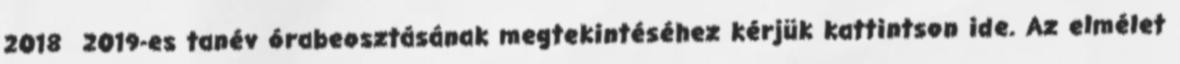
2018 2019-es tanév órabeosztásának megtekintéséhez kérjük kattintson ide. Az elmélet